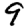
Digit: 9